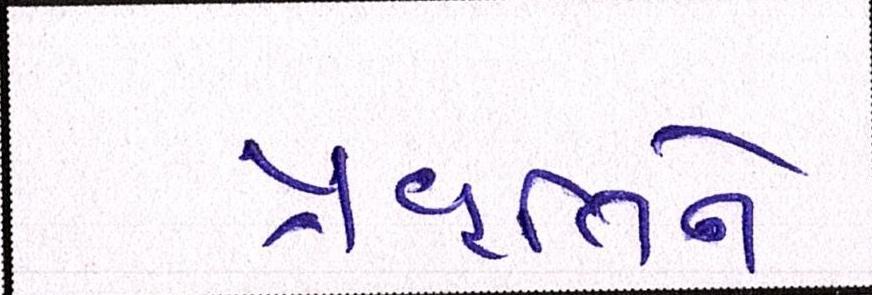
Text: પ્રવૃતિને